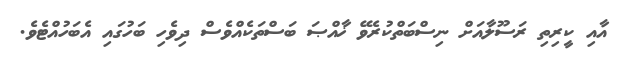
އާއި ކީރިތި ރަސޫލާއަށް ނިސްބަތްކުރެވޭ ޚާއްޞަ ބަސްތަކެއްވެސް ދިވެހި ބަހުގައި އެބަހުއްޓެވެ.